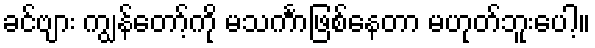
ခင်ဗျား ကျွန်တော့်ကို မသင်္ကာဖြစ်နေတာ မဟုတ်ဘူးပေါ့။